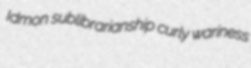
Idmon sublibrarianship curly wariness